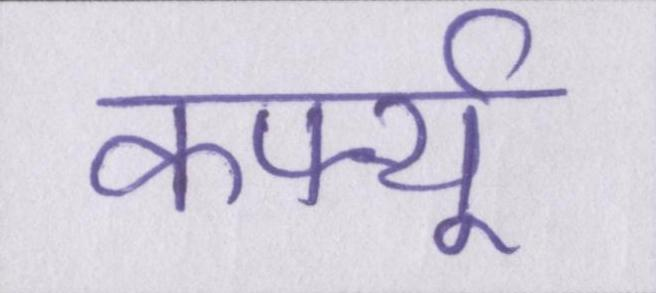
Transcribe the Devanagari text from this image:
कर्फ्यू